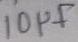
Text: 10µF